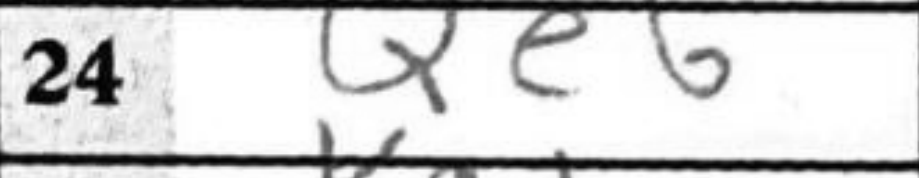
Transcription: Qe6